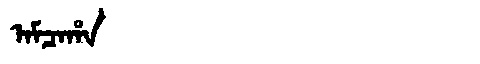
Manchu: ᠠᠮᠴᠠᡥᠠ
Romanization: AMCAHA